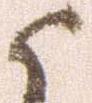
候